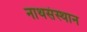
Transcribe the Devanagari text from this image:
नाथसंस्थान